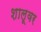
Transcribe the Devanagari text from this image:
शालूवर